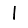
Digit: 1